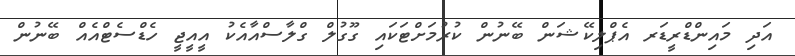
އަދި މައިންޑްރީޑަރ އެޕްލިކޭޝަން ބޭނުން ކުރުމަށްޓަކައި ގޫގުލް ގްލާސްއާއެކު އީއީޖީ ހެޑްސެޓްއެއް ބޭނުން